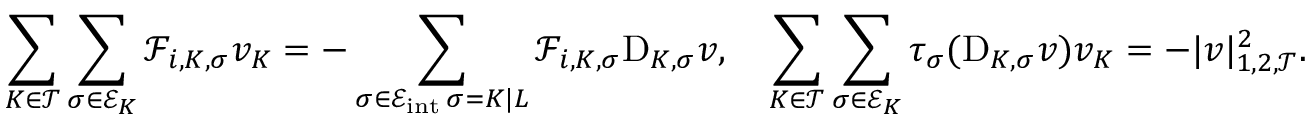
\sum _ { K \in { \mathcal T } } \sum _ { \sigma \in { \mathcal E } _ { K } } { \mathcal F } _ { i , K , \sigma } v _ { K } = - \sum _ { \substack { \sigma \in { \mathcal E } _ { \mathrm { i n t } } \, \sigma = K | L } } { \mathcal F } _ { i , K , \sigma } \mathrm { D } _ { K , \sigma } v , \quad \sum _ { K \in { \mathcal T } } \sum _ { \sigma \in { \mathcal E } _ { K } } \tau _ { \sigma } ( \mathrm { D } _ { K , \sigma } v ) v _ { K } = - | v | _ { 1 , 2 , { \mathcal T } } ^ { 2 } .